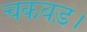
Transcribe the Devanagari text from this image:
चकवड़।